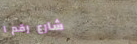
شارع رقم ١